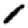
Digit: 1